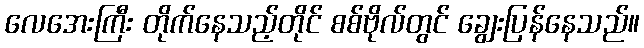
လေအေးကြီး တိုက်နေသည့်တိုင် စစ်ဗိုလ်တွင် ချွေးပြန်နေသည်။